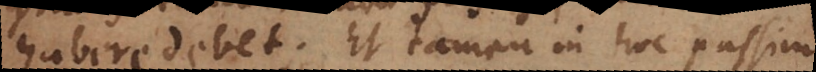
habere debet. Et tamen in hoc passim